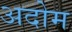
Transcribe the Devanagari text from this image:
अदोम